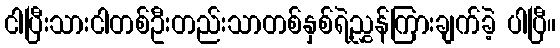
ငါပြီးသားငါတစ်ဦးတည်းသာတစ်နှစ်ရဲ့ညွှန်ကြားချက်ခဲ့ ပါပြီ။